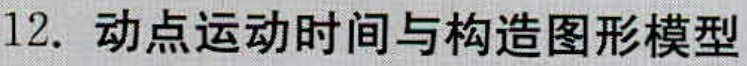
12. 动点运动时间与构造图形模型